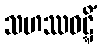
သဟဿဝဋ္ဋိံ